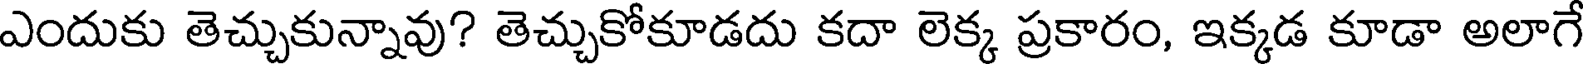
ఎందుకు తెచ్చుకున్నావు? తెచ్చుకోకూడదు కదా లెక్క ప్రకారం, ఇక్కడ కూడా అలాగే